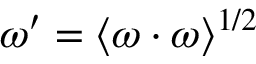
\omega ^ { \prime } = \langle \boldsymbol { \omega } \cdot \boldsymbol { \omega } \rangle ^ { 1 / 2 }